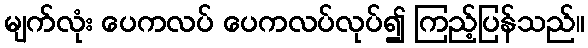
မျက်လုံး ပေကလပ် ပေကလပ်လုပ်၍ ကြည့်ပြန်သည်။